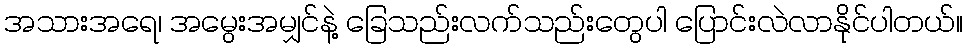
အသားအရေ၊ အမွေးအမျှင်နဲ့ ခြေသည်းလက်သည်းတွေပါ ပြောင်းလဲလာနိုင်ပါတယ်။